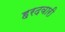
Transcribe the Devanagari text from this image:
हरदवारी